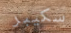
سكيبر